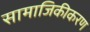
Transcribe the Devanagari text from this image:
सामाजिकीकरण